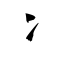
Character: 冫